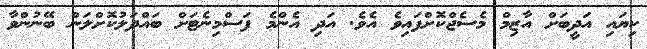
ކިޔައި އަދީބަށް އާޒިމް މެސެޖްކޮށްފައިވެ އެވެ. އަދި އެންމެ ފަސްމިނެޓަށް ބައްދަލުކޮށްލަން ބޭނުންވާ